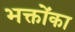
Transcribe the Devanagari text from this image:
भक्तोंका